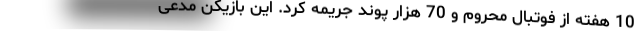
10 هفته از فوتبال محروم و 70 هزار پوند جریمه کرد. این بازیکن مدعی